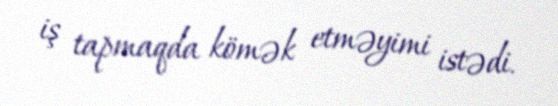
iş tapmaqda kömək etməyimi istədi.